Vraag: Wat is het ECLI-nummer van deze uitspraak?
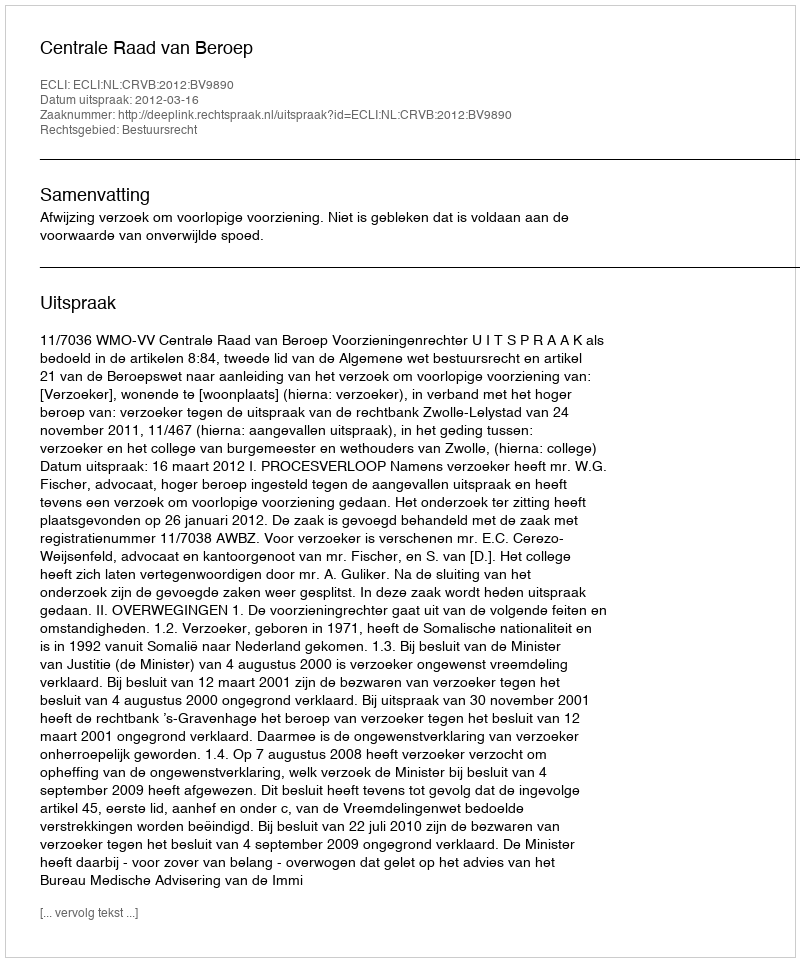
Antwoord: ECLI:NL:CRVB:2012:BV9890